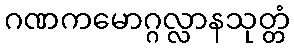
ဂဏကမောဂ္ဂလ္လာနသုတ္တံ